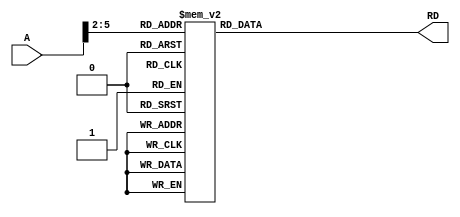
// imem.v
// Very simple instruction memory for ARM single-cycle model.
// "Digital Design and Computer Architecture ARM EDITION," S.L. Harris and D.M. Harris.
// EE 4490 adapted from code by Jerry C. Hamann

module imem(RD,A);
  output  [31:0]  RD;
  input   [31:0]  A;

  reg     [31:0]  RD;

  always @(A)
    case(A[5:2])
      4'b0000: RD = 32'hE202_2000;  //      AND  R2,R2,#0
      4'b0001: RD = 32'hE382_3000;  //      ORR  R3,R2,#0
      4'b0010: RD = 32'hE383_4005;  //      ORR  R4,R3,#5
      4'b0011: RD = 32'hE082_2004;  // T1:  ADD  R2,R2,R4
      4'b0100: RD = 32'hE254_4001;  //      SUBS R4,R4,#1
      4'b0101: RD = 32'h1AFF_FFFC;  //      BNE  T1
      4'b0110: RD = 32'hE583_2000;  //      STR  R2,[R3]
      4'b0111: RD = 32'hE593_5000;  //      LDR  R5,[R3]
      4'b1000: RD = 32'hEAFF_FFFE;  // T2:  BAL  T2
      default: RD = 32'hEAFF_FFFE;  // T3:  BAL  T3
    endcase
endmodule